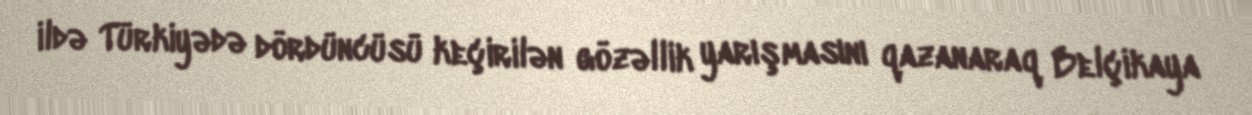
ildə Türkiyədə dördüncüsü keçirilən gözəllik yarışmasını qazanaraq Belçikaya